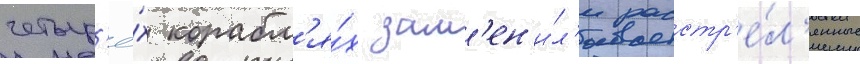
четыр'ё́х корабл'я́х зам'ен'и́л'и расстр'е́л'янные